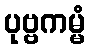
ပုဗ္ဗကမ္မံ